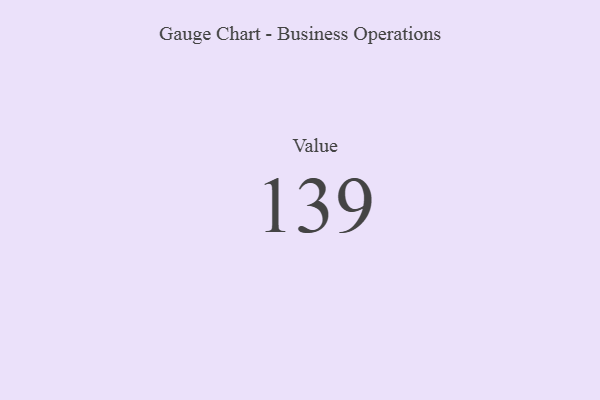
{"axis": {"x": "Metric", "y": "Value"}, "legend": [""], "data": [{"x": "Value", "y": 139, "type": ""}]}